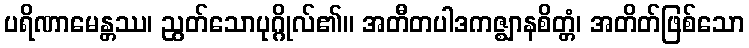
ပရိဏာမေန္တဿ၊ ညွတ်သောပုဂ္ဂိုလ်၏။ အတီတပါဒကဇ္ဈာနစိတ္တံ၊ အတိတ်ဖြစ်သော